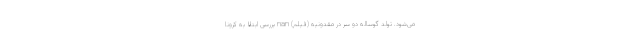
می‌شود. تولد گوساله دو سر در مقدونیه (فیلم) nan بررسی ابتلا به کرونا